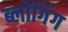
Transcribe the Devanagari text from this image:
ब्लोंगिंग